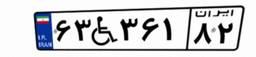
۶۳W۳۶۱۸۲